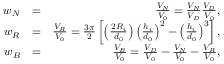
\begin{array} { r l r } { w _ { N } } & { = } & { \frac { V _ { N } } { V _ { 0 } } = \frac { V _ { N } } { V _ { D } } \frac { V _ { D } } { V _ { 0 } } , } \\ { w _ { R } } & { = } & { \frac { V _ { R } } { V _ { 0 } } = \frac { 3 \pi } { 2 } \left[ \left( \frac { 2 R _ { i } } { d _ { 0 } } \right) \left( \frac { h _ { i } } { d _ { 0 } } \right) ^ { 2 } - \left( \frac { h _ { i } } { d _ { 0 } } \right) ^ { 3 } \right] , } \\ { w _ { B } } & { = } & { \frac { V _ { B } } { V _ { 0 } } = \frac { V _ { D } } { V _ { 0 } } - \frac { V _ { N } } { V _ { 0 } } - \frac { V _ { R } } { V _ { 0 } } , } \end{array}